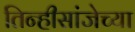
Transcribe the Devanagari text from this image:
तिन्हीसांजेच्या